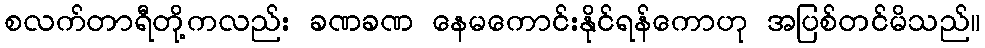
စလက်တာရီတို့ကလည်း ခဏခဏ နေမကောင်းနိုင်ရန်ကောဟု အပြစ်တင်မိသည်။